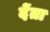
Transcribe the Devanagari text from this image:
देंता